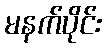
မနက်ပိုင်း